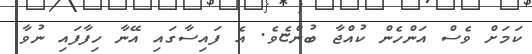
ކަމަށް ވެސް އަންހެން ކުއްޖާ ބުންޏެވެ. އެ ފައިސާގައި އޭނާ ހިފާފައި ނުވާ